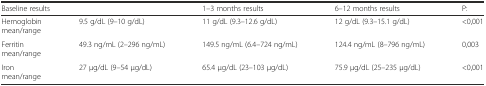
| <COLSPAN=2> Baseline results | 1–3 months results | 6–12 months results | P: |
 | --- | --- | --- | --- | --- |
 | Hemoglobinmean/range | 9.5 g/dL (9–10 g/dL) | 11 g/dL (9.3–12.6 g/dL) | 12 g/dL (9.3–15.1 g/dL) | <0,001 |
 | Ferritinmean/range | 49.3 ng/mL (2–296 ng/mL) | 149.5 ng/mL (6.4–724 ng/mL) | 124.4 ng/mL (8–796 ng/mL) | 0,003 |
 | Ironmean/range | 27 μg/dL (9–54 μg/dL) | 65.4 μg/dL (23–103 μg/dL) | 75.9 μg/dL (25–235 μg/dL) | <0,001 |